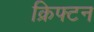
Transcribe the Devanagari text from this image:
क्रिफ्टन